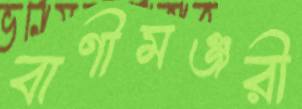
বাণীমঞ্জরী